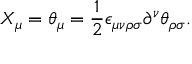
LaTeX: X _ { \mu } = \theta _ { \mu } = \frac { 1 } { 2 } \epsilon _ { \mu \nu \rho \sigma } \partial ^ { \nu } \theta _ { \rho \sigma } .